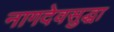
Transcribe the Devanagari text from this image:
नागदेवसुद्धा